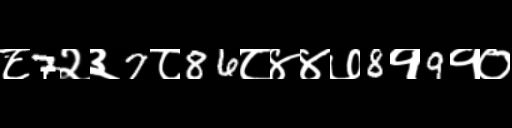
Text: ८7२३7८86८४४७8१9१०